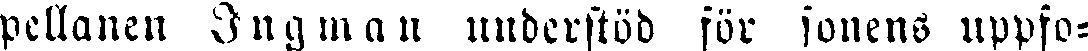
pellanen Ingman understöd för sonens uppfo-